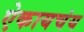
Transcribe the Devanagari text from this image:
ऐकायचंय